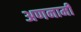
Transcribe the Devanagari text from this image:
अणनामी